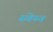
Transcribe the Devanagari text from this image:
स्वेय्न